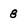
Character: 8